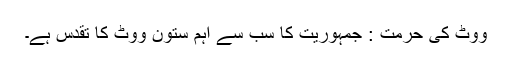
ووٹ کی حرمت : جمہوریت کا سب سے اہم ستون ووٹ کا تقدس ہے۔